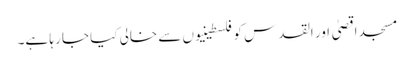
مسجد اقصیٰ اور القدس کو فلسطینیوں سے خالی کیا جا رہا ہے۔